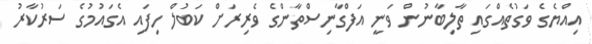
އިއްޔެގެ ވަގުތެއްގައި ތާލިބާނުން ވަނީ އަފްގާނިސްތާންގެ ވެރިރަށް ކަބުލް ހިފައި އެގައުމުގެ ސަރުކާރު